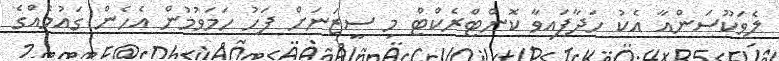
ލެވަކޫސަންއާ އެކު ހަދާފައިވާ ކޮންޓްރެކްޓް މި ސީޒަނަށް ފަހު ހަމަވުމުން އެހެން ގައުމެއްގެ